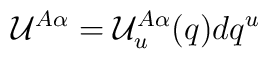
{\mathcal U}^{A\alpha} = {\mathcal U}^{A\alpha}_u (q) d q^u